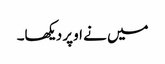
میں نے اوپر دیکھا۔